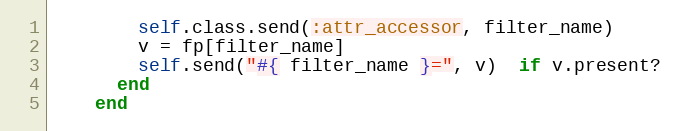
Language: Ruby
        self.class.send(:attr_accessor, filter_name)
        v = fp[filter_name]
        self.send("#{ filter_name }=", v)  if v.present?
      end
    end